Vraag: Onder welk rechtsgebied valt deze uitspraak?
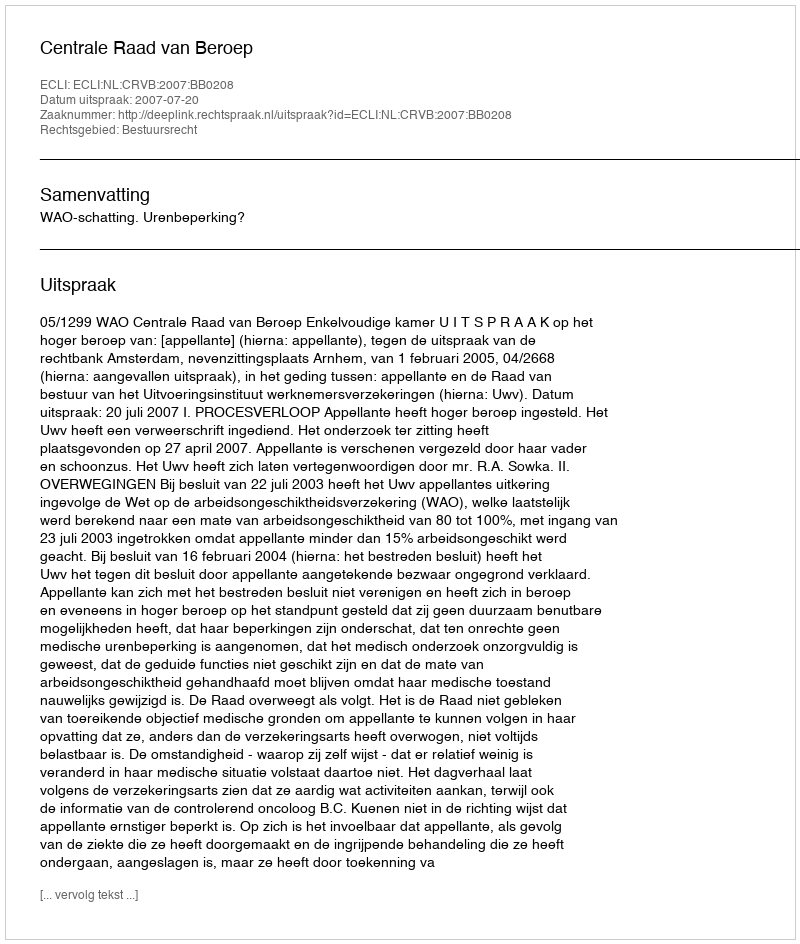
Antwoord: Bestuursrecht